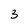
Character: 3